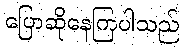
ပြောဆိုနေကြပါသည်